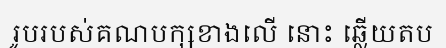
រូបរបស់គណបក្សខាងលើ នោះ ឆ្លើយតប